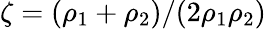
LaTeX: \zeta=(\rho_{1}+\rho_{2})/(2\rho_{1}\rho_{2})